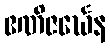
ဧဏိဇင်္ဃေန